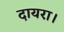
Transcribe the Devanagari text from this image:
दायरा।